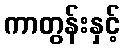
ကာတွန်းနှင့်